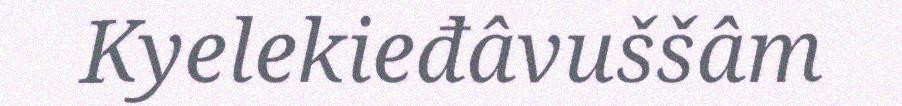
Kyelekieđâvuššâm